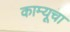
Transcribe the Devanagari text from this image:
काम्यूचा